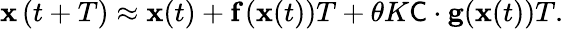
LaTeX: \textbf{x}\left(t+T\right)\approx\textbf{x}(t)+\textbf{f}\left(\textbf{x}(t)\right)T+\theta K\textsf{C}\cdot\mathbf{g}(\textbf{x}(t))T.